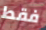
فقط